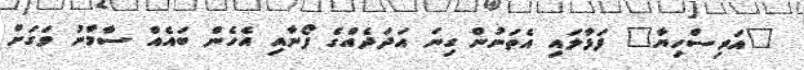
"އަރިސްހިޔާ" ފަޅާލައި އެތަނުން ގިނަ އަދަދެއްގެ ފޯނާއި އެހެން ބައެއް ސާމާނު ވަގަށް